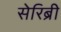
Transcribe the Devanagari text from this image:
सेरिब्री